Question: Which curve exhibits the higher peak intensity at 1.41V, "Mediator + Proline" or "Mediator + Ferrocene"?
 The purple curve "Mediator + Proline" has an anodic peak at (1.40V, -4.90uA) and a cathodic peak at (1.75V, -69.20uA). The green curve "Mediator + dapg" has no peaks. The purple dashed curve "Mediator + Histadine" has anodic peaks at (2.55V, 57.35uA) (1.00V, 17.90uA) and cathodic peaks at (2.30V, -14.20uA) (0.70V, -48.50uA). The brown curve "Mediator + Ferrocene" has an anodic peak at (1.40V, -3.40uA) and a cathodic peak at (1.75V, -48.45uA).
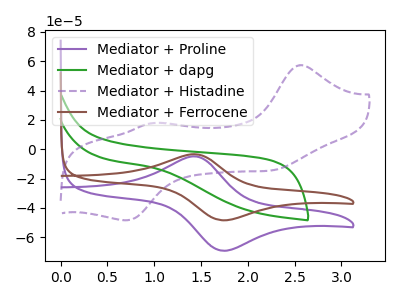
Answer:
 <answer>The peak at 1.41V is lower in "Mediator + Proline" than in "Mediator + Ferrocene".</answer>
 <eval>lower</eval>